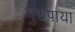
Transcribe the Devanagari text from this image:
गुरुपाया